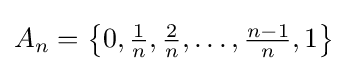
A_{n}=\left\{0,{\tfrac {1}{n}},{\tfrac {2}{n}},\ldots ,{\tfrac {n-1}{n}},1\right\}